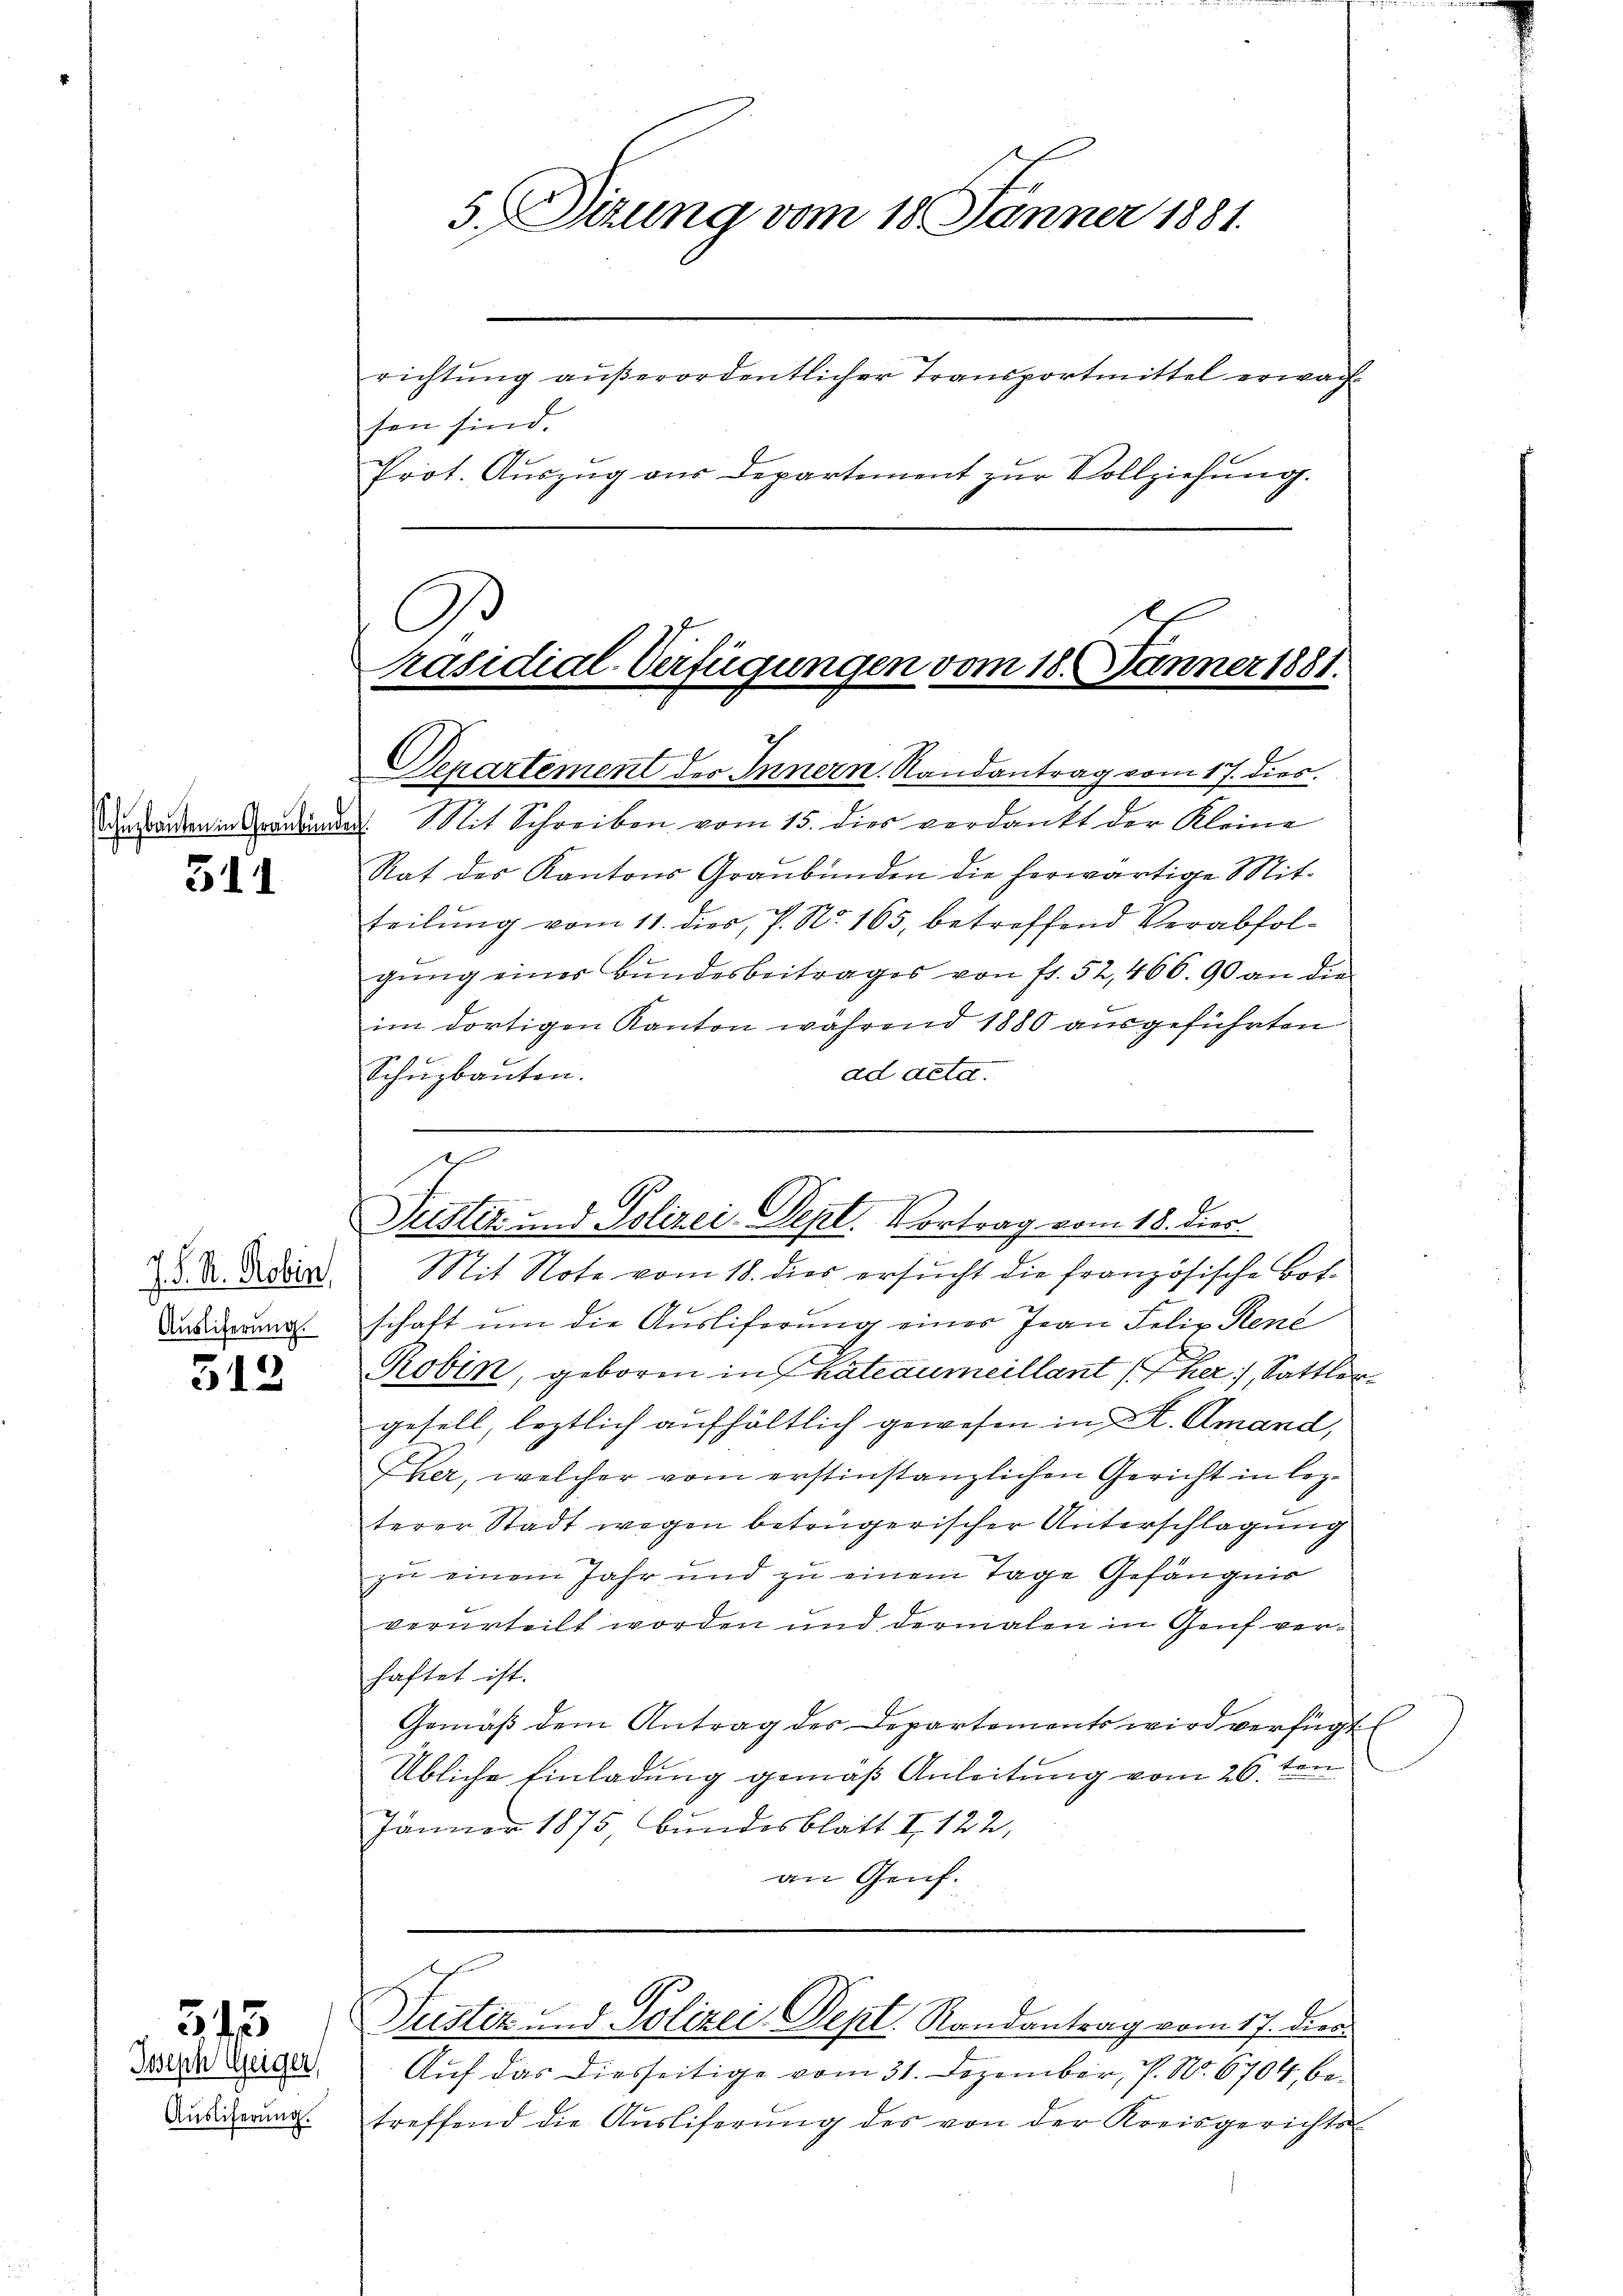
311

J. S. R. Robin.
Auslieferung.

313

Joseph Geiger,
Auslicherung.

515

C
Präsidial-Verfügungen vom 18. Jänner 1881.

5. Sitzung vom 18 Jänner 1881.
richtung außerordentlicher Transportmittel erwachsen sind.
Prot. Aŭszŭg aŭs Departement zŭr Vollziehŭng.

Denartement des Innern. Randantrag vom 17. dies
Anfragen in Krankinde. Mit Schreiben vom 15. dies verdankt der Kleine
Rat des Kantons Graubünden die herwärtige Mit-
teilung vom 11. dies, P. Nr. 165, betreffend Verabfolgŭng eines Bŭndesbeitrages von fr. 52, 466. 90 an die
im dortigen Kanton während 1880 ausgeführten
ad acta.
Schŭzbauten.

Puster und Polizei-Dept. Vortrag vom 18. dies

Mit Note vom 18. dies ersucht die französische Botschaft um die Ausliferung einer Jean Felix René
Robin, geboren in hateaumeillant (der), Sattler
gesell, leztlich aufhältlich gewesen in K. Amand,
Eher, welcher vom erstinstanzlichen Gericht in lezterer Stadt wegen betrügerischer Unterschlagung
zu einem Jahr und zu einem Tage Gefängnis
verurteilt worden und dermalen in Genf verhaftet ist.
Gemäβ dem Antrag des Departements wird verfügt:
Übliche Einladung gemäß Anleitung vom 26. ten
Jänner 1875, bundesblatt I 122,
an Genf.

r
Justiz und Polizei Dept. Randantrag vom 17. Dien

Auf das diesseitige vom 31. Dezember, P. No. 6704, betreffend die Aŭsliferung des von der Kreisgerichts-